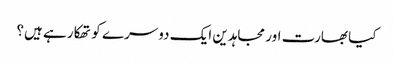
کیا بھارت اور مجاہدین ایک دوسرے کو تھکا رہے ہیں؟